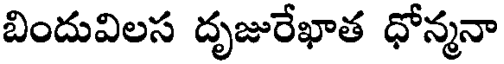
బిందువిలస దృజురేఖాత ధోన్మనా